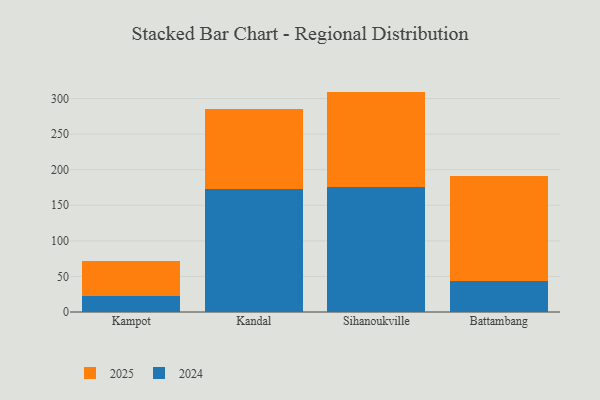
{"axis": {"x": "City", "y": "Shipments"}, "legend": ["2024", "2025"], "data": [{"x": "Kampot", "y": 23.0, "type": "2024"}, {"x": "Kampot", "y": 48.8, "type": "2025"}, {"x": "Kandal", "y": 172.6, "type": "2024"}, {"x": "Kandal", "y": 112.7, "type": "2025"}, {"x": "Sihanoukville", "y": 176.4, "type": "2024"}, {"x": "Sihanoukville", "y": 133.4, "type": "2025"}, {"x": "Battambang", "y": 43.0, "type": "2024"}, {"x": "Battambang", "y": 148.7, "type": "2025"}]}